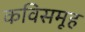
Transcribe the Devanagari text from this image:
कविसमूह